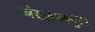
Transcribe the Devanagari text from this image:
नंदलालपुरा